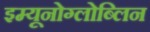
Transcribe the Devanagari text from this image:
इम्यूनोग्लोब्लिन